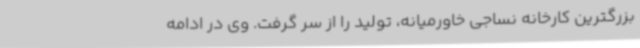
بزرگترین کارخانه نساجی خاورمیانه، تولید را از سر گرفت. وی در ادامه